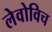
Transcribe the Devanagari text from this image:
लेवोविच